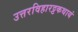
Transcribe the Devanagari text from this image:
उत्तरविहारट्टकथायं